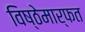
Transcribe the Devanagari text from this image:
विष्ठेमार्फत